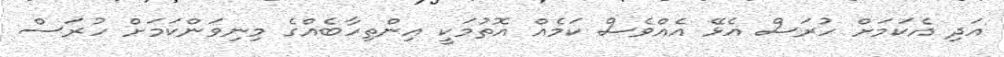
އަދި އެކަމަށް ހުރަސް އެޅޭ އެއްވެސް ކަމެއް އޮތުމަކީ އިންތިހާބެއްގެ މިނިވަންކަމަށް ހުރަސް